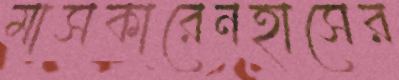
মাসকারেনহাসের